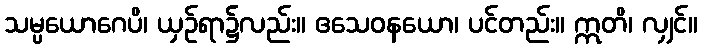
သမ္ပယောဂေပိ၊ ယှဉ်ရာ၌လည်း။ ဧသေဝနယော၊ ပင်တည်း။ ဣတိ၊ လျှင်။